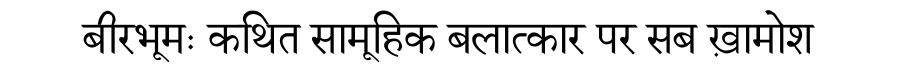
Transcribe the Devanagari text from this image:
बीरभूमः कथित सामूहिक बलात्कार पर सब ख़ामोश